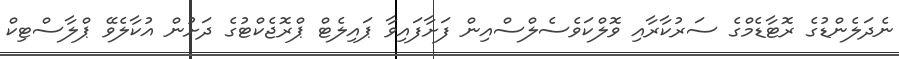
ނެދަލެންޑުގެ ރޮޓާޑެމްގެ ސަރުކާރާއި ވޮލްކަވެސެލްސްއިން ފަށާފައިވާ ޕައިލެޓް ޕްރޮޖެކްޓުގެ ދަށުން އުކާލެވޭ ޕްލާސްޓިކް